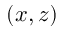
( x , z )